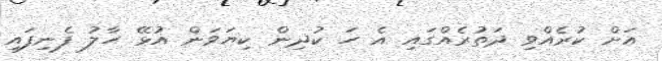
އަށް ކުރެއްވި ދަތުރެއްގައި އެ ހަ ކުދިން ކިޔަވަން އުޅޭ ހާލު ފެނިފައި